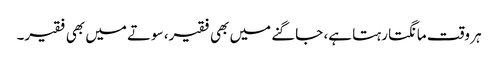
ہر وقت مانگتا رہتا ہے، جاگنے میں بھی فقیر، سوتے میں بھی فقیر۔